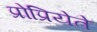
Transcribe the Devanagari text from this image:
प्रोप्रियेते